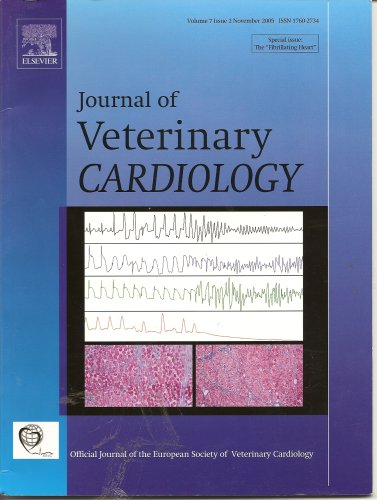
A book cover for Journal of Veterinary Cardiology (Nov. 2005) (Vol 7, Issue 2); Medical Books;